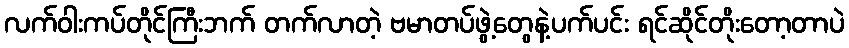
လက်ဝါးကပ်တိုင်ကြီးဘက် တက်လာတဲ့ ဗမာတပ်ဖွဲ့တွေနဲ့ပက်ပင်း ရင်ဆိုင်တိုးတော့တာပဲ